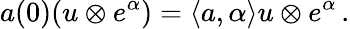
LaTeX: a(0)(u\otimes e^{\alpha})=\langle a,\alpha\rangle u\otimes e^{\alpha}\, .